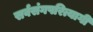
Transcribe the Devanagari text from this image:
सर्वसंगपरित्यागी